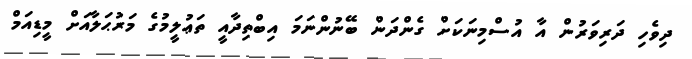
ދިވެހި ދަރިވަރުން އާ އުސްމިނަކަށް ގެންދަން ބޭނުންނަމަ އިބްތިދާއީ ތަޢުލީމުގެ މަރުޙަލާއަށް މީޑިއަމް